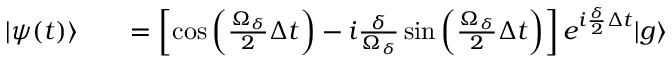
\begin{array} { r l r } { \vert \psi ( t ) \rangle } & { { } } & { = \left[ \cos \left( \frac { \Omega _ { \delta } } { 2 } \Delta t \right) - i \frac { \delta } { \Omega _ { \delta } } \sin \left( \frac { \Omega _ { \delta } } { 2 } \Delta t \right) \right] e ^ { i \frac { \delta } { 2 } \Delta t } \vert g \rangle } \end{array}